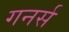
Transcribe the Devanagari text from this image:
गनर्स